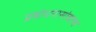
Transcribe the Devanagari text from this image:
प्रबोधनासोबतच